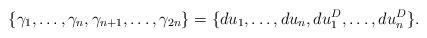
LaTeX: \begin{align*} \{\gamma_1,\ldots, \gamma_n, \gamma_{n+1},\ldots, \gamma_{2n}\}= \{du_1, \ldots, du_n, du^D_1,\ldots, du^D_n\}.\end{align*}